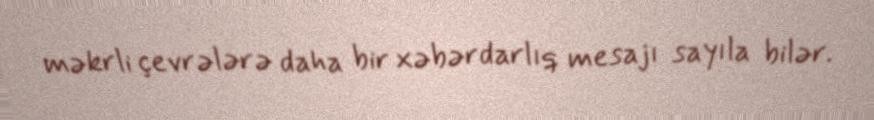
məkrli çevrələrə daha bir xəbərdarlıq mesajı sayıla bilər.